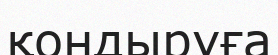
қондыруға